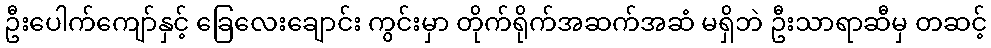
ဦးပေါက်ကျော်နှင့် ခြေလေးချောင်း ကွင်းမှာ တိုက်ရိုက်အဆက်အဆံ မရှိဘဲ ဦးသာရာဆီမှ တဆင့်